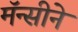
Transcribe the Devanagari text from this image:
मॅन्सीने